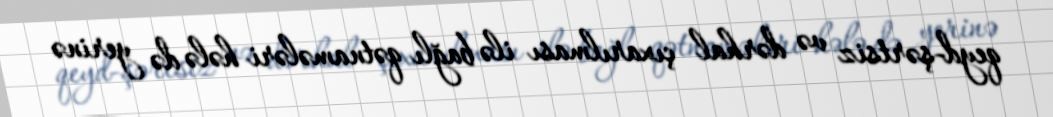
qeyd-şərtsiz və dərhal çıxarılması ilə bağlı qətnamələri hələ də yerinə